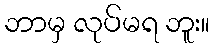
ဘာမှ လုပ်မရ ဘူး။